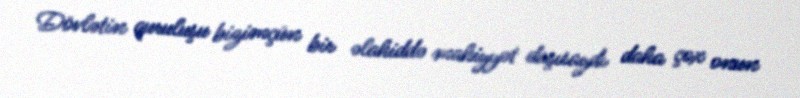
Dövlətin quruluşu bizimçün bir əlahiddə mahiyyət daşısaydı daha çox onun